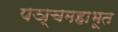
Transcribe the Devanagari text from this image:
पञ्चमहाभूत